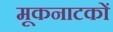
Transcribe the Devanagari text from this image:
मूकनाटकों